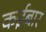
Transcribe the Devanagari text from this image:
कईबार